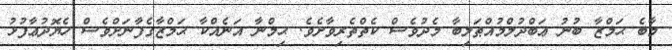
މާބެ ޙަމްޒާ ބުނު ޢަބްދުލްމުއްޠަލިބާ މެދުވެސް ކެތްތެރިވާށެވެ. ޙިމްނާ އަނެއްކާ ޙަމްޒާގެފާނަށްވެސް ހެޔޮދުޢާފުޅު